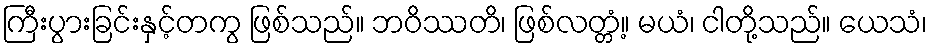
ကြီးပွားခြင်းနှင့်တကွ ဖြစ်သည်။ ဘဝိဿတိ၊ ဖြစ်လတ္တံ့။ မယံ၊ ငါတို့သည်။ ယေသံ၊